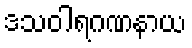
ဒသဝါရဂဏနာယ